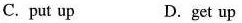
C.put up D.get up